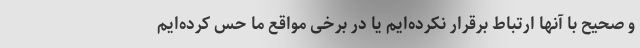
و صحیح با آنها ارتباط برقرار نکرده‌ایم یا در برخی مواقع ما حس کرده‌ایم